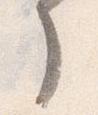
了